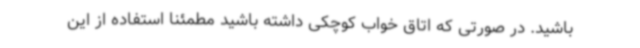
باشید. در صورتی که اتاق خواب کوچکی داشته باشید مطمئنا استفاده از این